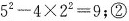
$$5^{2}-4 \times 2^{2}=9$$;②